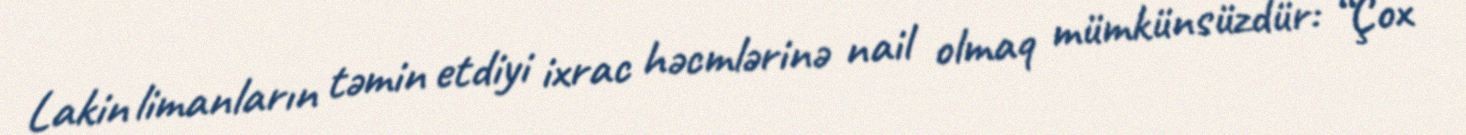
Lakin limanların təmin etdiyi ixrac həcmlərinə nail olmaq mümkünsüzdür: “Çox